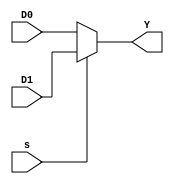
`timescale 1ns / 1ps


module mux(input s, input [3:0]D0,input [3:0]D1,output [3:0]Y);
  assign Y = s?D1:D0;
endmodule